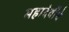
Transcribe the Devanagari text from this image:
महादेवींचे